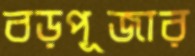
বড়পূজার